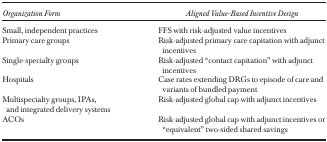
<table><thead><tr><td><b>Organization Form</b></td><td><b>Aligned Value‐Based Incentive Design</b></td></tr></thead><tbody><tr><td>Small, independent practices</td><td>FFS with risk‐adjusted value incentives</td></tr><tr><td>Primary care groups</td><td>Risk‐adjusted primary care capitation with adjunct incentives</td></tr><tr><td>Single‐specialty groups</td><td>Risk‐adjusted “contact capitation” with adjunct incentives</td></tr><tr><td>Hospitals</td><td>Case rates extending DRGs to episode of care and variants of bundled payment</td></tr><tr><td>Multispecialty groups, IPAs, and integrated delivery systems</td><td>Risk‐adjusted global cap with adjunct incentives</td></tr><tr><td>ACOs</td><td>Risk‐adjusted global cap with adjunct incentives or “equivalent” two‐sided shared savings</td></tr></tbody></table>